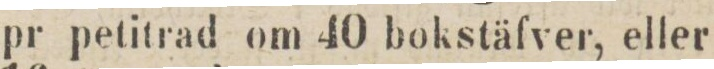
pr petitrad om 40 bokstäfver, eller